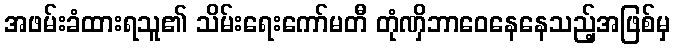
အဖမ်းခံထားရသူ၏ သိမ်းရေးကော်မတီ တုံဏှိဘာဝေနေနေသည့်အဖြစ်မှ